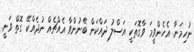
ނުހިމަނާ. އެހެންވީމަ ވާގޮތަކީ އަސްލު ދައްކަން ބޭނުންވާ އެއްޗެއް ނުދެއްކޭ ގޮތް ވަނީ.